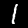
Label: 1